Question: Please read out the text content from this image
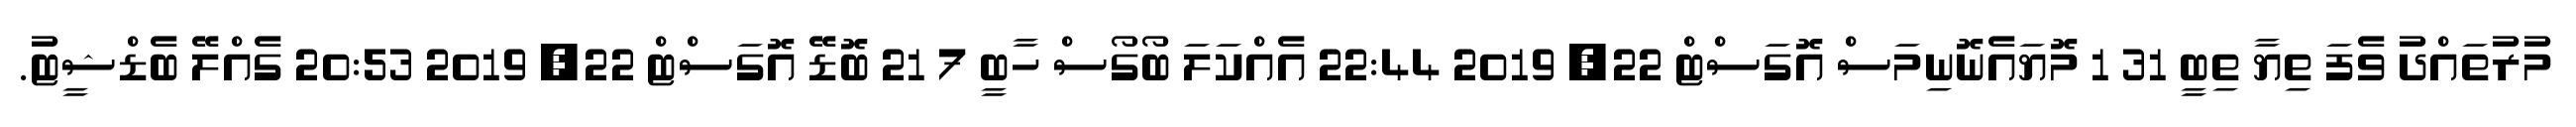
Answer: މުރުތައްދު ވެފަ ތިޔާ ތިބީ 31 1 މޮޔައެނޮނިމަސް އޮގަސްޓް 22, 2019 22:44 އެއްކަލަ ބޯގޯސް ހާބީ 7 21 ބޮޑޭ އޮގަސްޓް 22, 2019 20:53 ގެއްލޭ ބެޑްޝީޓު.